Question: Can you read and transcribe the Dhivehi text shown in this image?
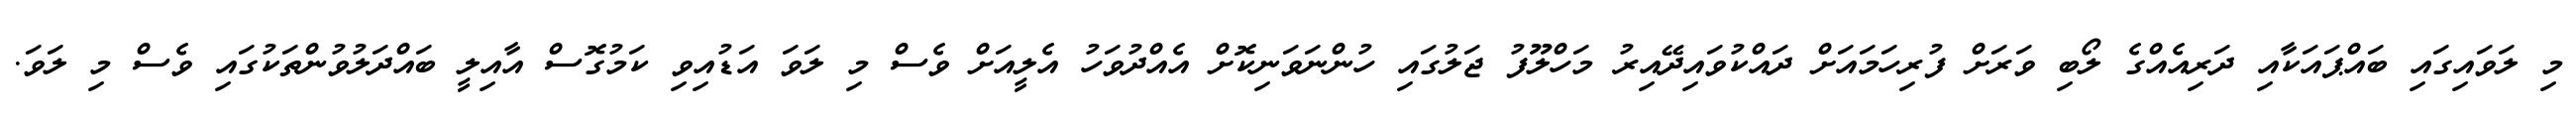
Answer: މި ލަވައިގައި ބައްޕައަކާއި ދަރިއެއްގެ ލޯބި ވަރަށް ފުރިހަމައަށް ދައްކުވައިދޭއިރު މަހްލޫފު ޖަލުގައި ހުންނަވަނިކޮށް އެއްދުވަހު އެލީއަށް ވެސް މި ލަވަ އަޑުއިވި ކަމުގޮސް އާއިލީ ބައްދަލުވުންތަކުގައި ވެސް މި ލަވަ.